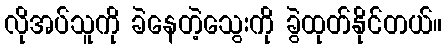
လိုအပ်သူကို ခဲနေတဲ့သွေးကို ခွဲထုတ်နိုင်တယ်။